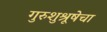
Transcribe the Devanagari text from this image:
गुरुशुश्रूषेचा